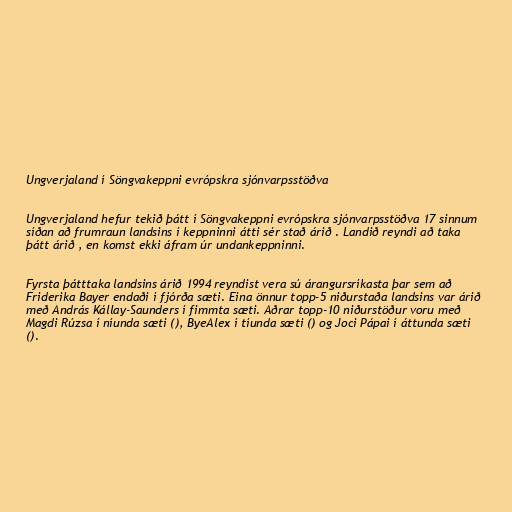
Ungverjaland í Söngvakeppni evrópskra sjónvarpsstöðva

Ungverjaland hefur tekið þátt í Söngvakeppni evrópskra sjónvarpsstöðva 17 sinnum
síðan að frumraun landsins í keppninni átti sér stað árið . Landið reyndi að taka
þátt árið , en komst ekki áfram úr undankeppninni.

Fyrsta þátttaka landsins árið 1994 reyndist vera sú árangursríkasta þar sem að
Friderika Bayer endaði í fjórða sæti. Eina önnur topp-5 niðurstaða landsins var árið
með András Kállay-Saunders í fimmta sæti. Aðrar topp-10 niðurstöður voru með
Magdi Rúzsa í níunda sæti (), ByeAlex í tíunda sæti () og Joci Pápai í áttunda sæti
().